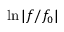
\ln | f / f _ { 0 } |